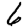
Digit: 6